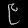
Digit: ၉